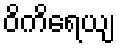
ဝိကိရေယျ